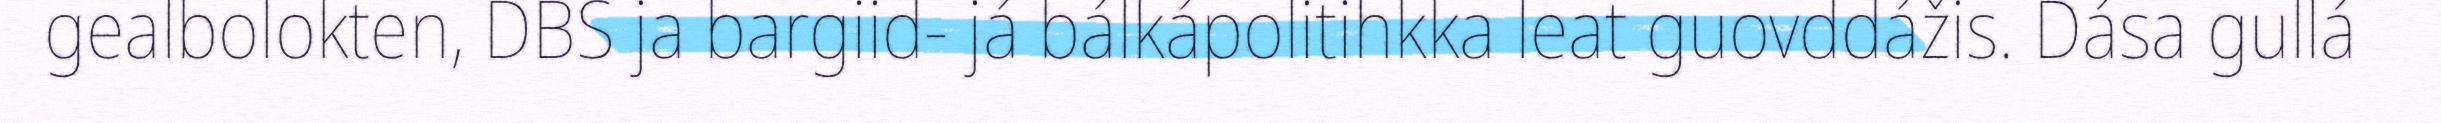
gealbolokten, DBS ja bargiid- já bálkápolitihkka leat guovddážis. Dása gullá